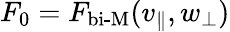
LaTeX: F_{0}=F_{\textrm{bi-M}}(v_{\parallel},w_{\perp})